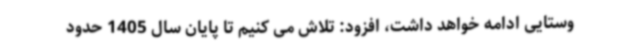
وستایی ادامه خواهد داشت، افزود: تلاش می کنیم تا پایان سال 1405 حدود